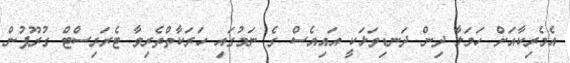
އެމެރިކާއަށް ހަމަލާ ދިން ދަނޑިވަޅަކީ އައިއެސް ގެ ނަމުގައި ހަރަކާތްތެރިވާ ޓެރަރިސްޓް ގުރޫޕުން